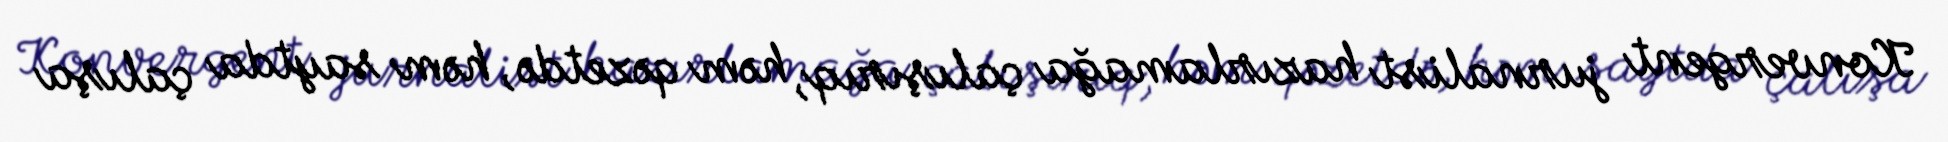
Konvergent jurnalist hazırlamağa çalışırıq, həm qəzetdə, həm saytda çalışa